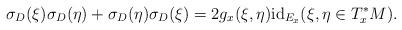
LaTeX: \begin{align*} \sigma_D(\xi) \sigma_D(\eta) + \sigma_D(\eta) \sigma_D(\xi) = 2 g_x(\xi,\eta) \mathrm{id}_{E_x} (\xi,\eta \in T^*_x M).\end{align*}